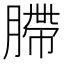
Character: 䐭